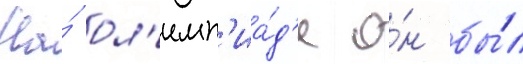
На́ ол'имп'иа́д'е о́н бы́л